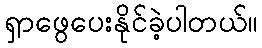
ရှာဖွေပေးနိုင်ခဲ့ပါတယ်။